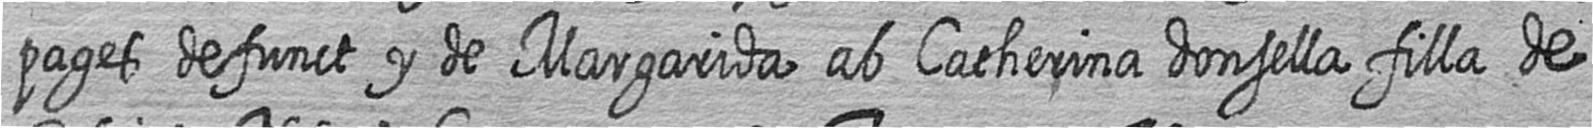
pages defunct y de Margarida ab Catherina donsella filla de